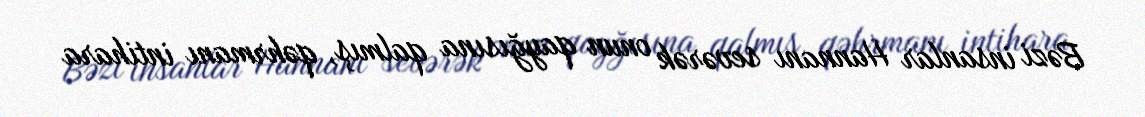
Bəzi insanlar Hannanı sevərək onun qayğısına qalmış, qəhrmanı intihara